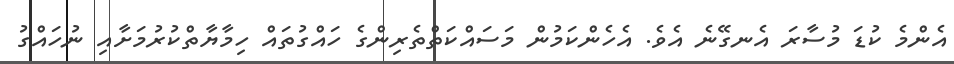
އެންމެ ކުޑަ މުސާރަ އެނގޭނެ އެވެ. އެހެންކަމުން މަސައްކަތްތެރިންގެ ހައްގުތައް ހިމާޔާތްކުރުމަށާއި ނުހައްގު